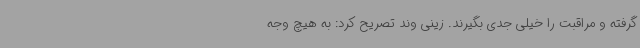
گرفته و مراقبت را خیلی جدی بگیرند. زینی وند تصریح کرد: به هیچ وجه